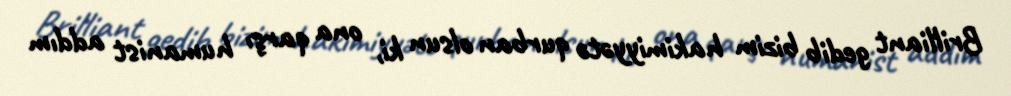
Brilliant gedib bizim hakimiyyətə qurban olsun ki, ona qarşı humanist addım